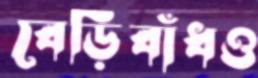
বেড়িবাঁধও